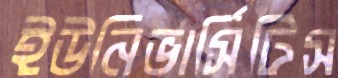
ইউনিভার্সিটিস